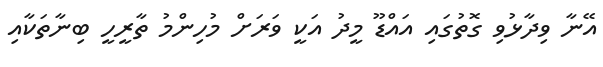
އޭނާ ވިދާޅުވި ގޮތުގައި އައްޑޫ މީދު އަކީ ވަރަށް މުހިންމު ތާރީހީ ބިނާތަކާއި